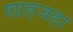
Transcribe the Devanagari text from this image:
शाहजहा